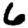
Digit: 6